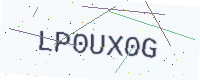
Text: LP0UX0G